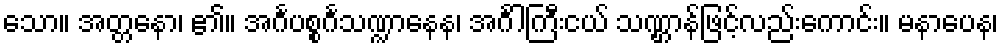
သော။ အတ္တနော၊ ၏။ အင်္ဂပစ္စင်္ဂသဏ္ဍာနေန၊ အင်္ဂါကြီးငယ် သဏ္ဌာန်ဖြင့်လည်းကောင်း။ မနာပေန၊